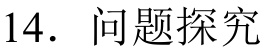
14. 问题探究